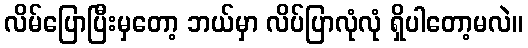
လိမ်ပြောပြီးမှတော့ ဘယ်မှာ လိပ်ပြာလုံလုံ ရှိပါတော့မလဲ။